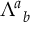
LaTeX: \Lambda _ { ~ b } ^ { a }